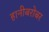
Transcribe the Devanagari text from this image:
हानीबरोबर